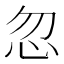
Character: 忽